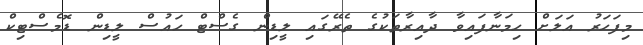
މިފަހަރު އަލަށް ހިމަނާފައިވާ ދާއިރާތަކުގެ ތެރޭގައި ލީޑިން ގެސްޓް ހައުސް ލީޑިން ޑޮމެސްޓިކް